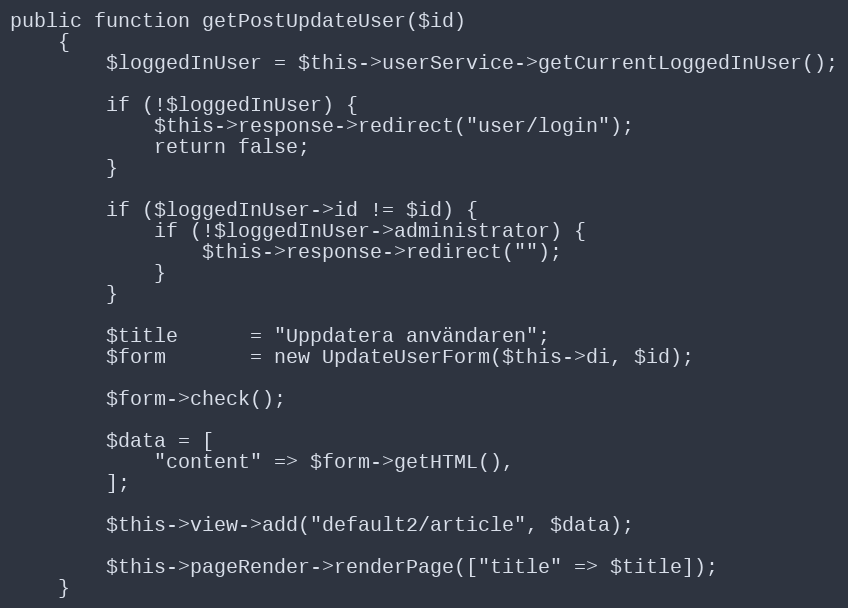
Language: PHP
public function getPostUpdateUser($id)
    {
        $loggedInUser = $this->userService->getCurrentLoggedInUser();

        if (!$loggedInUser) {
            $this->response->redirect("user/login");
            return false;
        }

        if ($loggedInUser->id != $id) {
            if (!$loggedInUser->administrator) {
                $this->response->redirect("");
            }
        }

        $title      = "Uppdatera användaren";
        $form       = new UpdateUserForm($this->di, $id);

        $form->check();

        $data = [
            "content" => $form->getHTML(),
        ];

        $this->view->add("default2/article", $data);

        $this->pageRender->renderPage(["title" => $title]);
    }